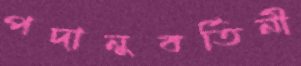
পদানুবর্তিনী